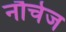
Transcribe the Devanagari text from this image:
नौचेज